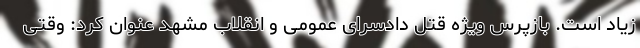
زیاد است. بازپرس ویژه قتل دادسرای عمومی و انقلاب مشهد عنوان کرد: وقتی